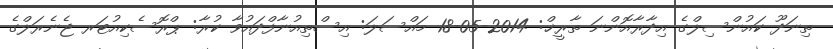
ތިނަދޫ ކައުންސިލްގެ އިދާރާއޮންނަ ތާރީޚް: 2014-05-18 މައްސަލަ: އިސްތިއުނާފްދައުވާ ކުރާ: ޕްރޮސެކިއުޓަރ ޖެނެރަލްގެ